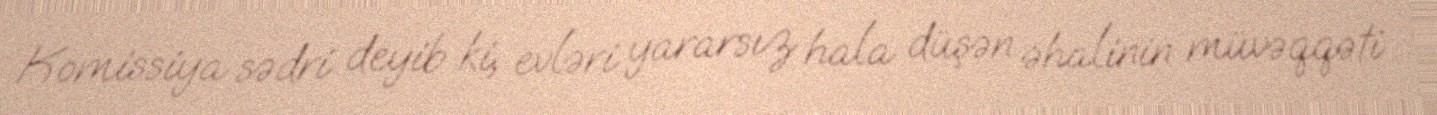
Komissiya sədri deyib ki, evləri yararsız hala düşən əhalinin müvəqqəti